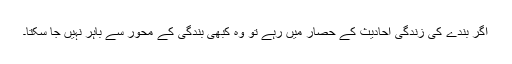
اگر بندے کی زندگی احادیث کے حصار میں رہے تو وہ کبھی بندگی کے محور سے باہر نہیں جا سکتا۔